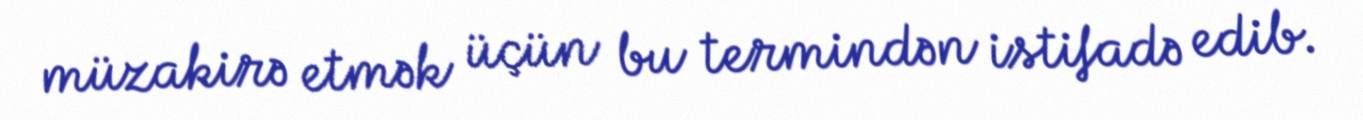
müzakirə etmək üçün bu termindən istifadə edib.